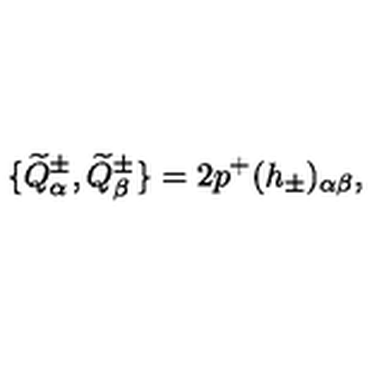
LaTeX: \{ \widetilde { Q } _ { \alpha } ^ { \pm } , \widetilde { Q } _ { \beta } ^ { \pm } \} = 2 p ^ { + } ( h _ { \pm } ) _ { \alpha \beta } ,